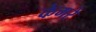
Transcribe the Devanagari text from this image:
केमरे